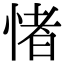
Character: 㥩